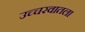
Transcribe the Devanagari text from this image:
उच्चरवातला